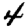
Digit: 4